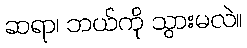
ဆရာ၊ ဘယ်ကို သွားမလဲ။